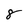
Character: 8